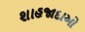
શાહજાદાઓ